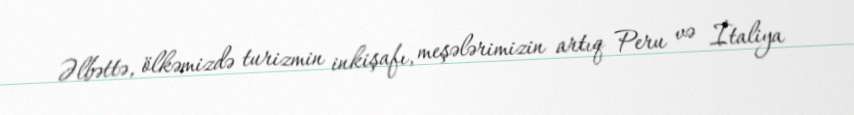
Əlbəttə, ölkəmizdə turizmin inkişafı, meşələrimizin artıq Peru və İtaliya